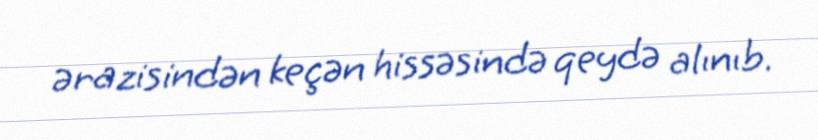
ərazisindən keçən hissəsində qeydə alınıb.